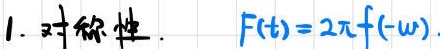
1. 对称性. \quad $F(t)=2\pi f(-\omega)$.